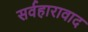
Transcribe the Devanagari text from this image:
सर्वहारावाद